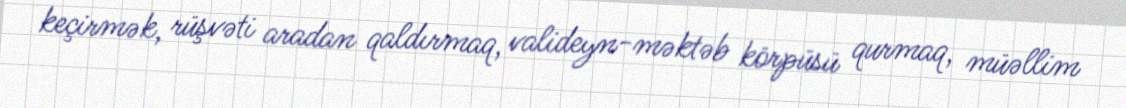
keçirmək, rüşvəti aradan qaldırmaq, valideyn-məktəb körpüsü qurmaq, müəllim